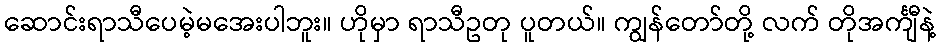
ဆောင်းရာသီပေမဲ့မအေးပါဘူး။ ဟိုမှာ ရာသီဥတု ပူတယ်။ ကျွန်တော်တို့ လက် တိုအင်္ကျီနဲ့